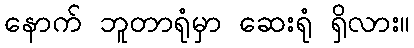
နောက် ဘူတာရုံမှာ ဆေးရုံ ရှိလား။